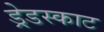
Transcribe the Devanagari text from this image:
ड्रेडस्काट